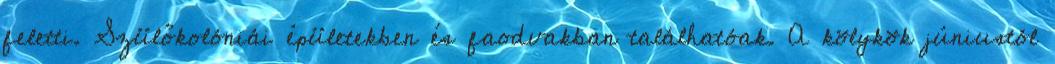
feletti. Szülőkolóniái épületekben és faodvakban találhatóak. A kölykök júniustól